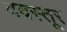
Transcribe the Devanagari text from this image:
वदस्तूर